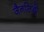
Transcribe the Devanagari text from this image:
जैनसिद्धों